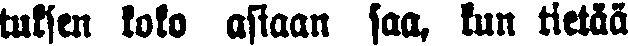
tuksen koko asiaan saa, kun tietää